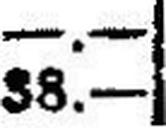
38.—